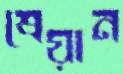
শ্রেয়ান